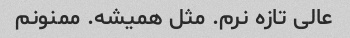
عالی تازه نرم. مثل همیشه. ممنونم